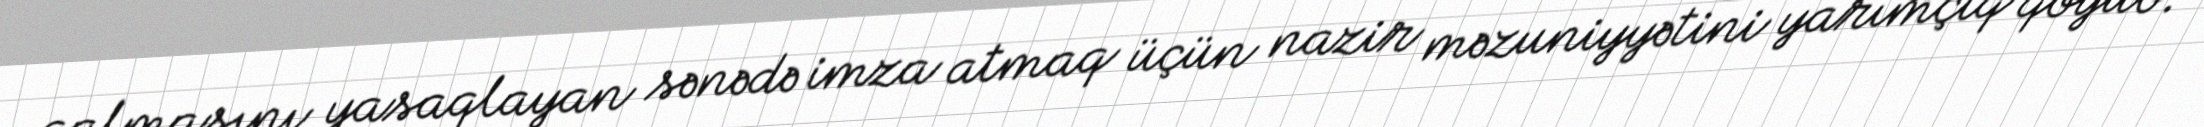
qalmasını yasaqlayan sənədə imza atmaq üçün nazir məzuniyyətini yarımçıq qoyub.